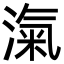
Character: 滊